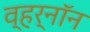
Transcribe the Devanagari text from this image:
व्हर्‌नॉन